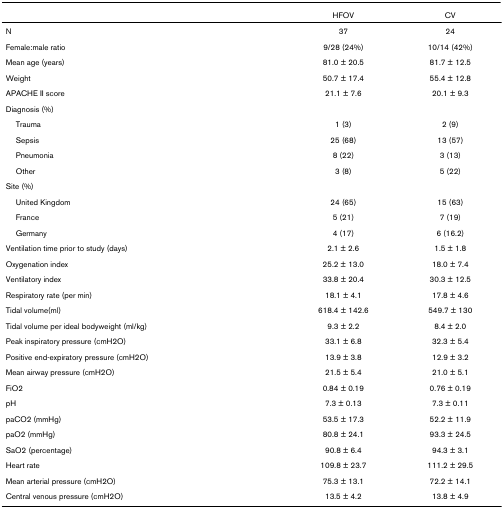
<table><thead><tr><td></td><td><b>HFOV</b></td><td><b>CV</b></td></tr></thead><tbody><tr><td>N</td><td>37</td><td>24</td></tr><tr><td>Female:male ratio</td><td>9/28 (24%)</td><td>10/14 (42%)</td></tr><tr><td>Mean age (years)</td><td>81.0 ± 20.5</td><td>81.7 ± 12.5</td></tr><tr><td>Weight</td><td>50.7 ± 17.4</td><td>55.4 ± 12.8</td></tr><tr><td>APACHE II score</td><td>21.1 ± 7.6</td><td>20.1 ± 9.3</td></tr><tr><td>Diagnosis (%)</td><td></td><td></td></tr><tr><td> Trauma</td><td>1 (3)</td><td>2 (9)</td></tr><tr><td> Sepsis</td><td>25 (68)</td><td>13 (57)</td></tr><tr><td> Pneumonia</td><td>8 (22)</td><td>3 (13)</td></tr><tr><td> Other</td><td>3 (8)</td><td>5 (22)</td></tr><tr><td>Site (%)</td><td></td><td></td></tr><tr><td> United Kingdom</td><td>24 (65)</td><td>15 (63)</td></tr><tr><td> France</td><td>5 (21)</td><td>7 (19)</td></tr><tr><td> Germany</td><td>4 (17)</td><td>6 (16.2)</td></tr><tr><td>Ventilation time prior to study (days)</td><td>2.1 ± 2.6</td><td>1.5 ± 1.8</td></tr><tr><td>Oxygenation index</td><td>25.2 ± 13.0</td><td>18.0 ± 7.4</td></tr><tr><td>Ventilatory index</td><td>33.8 ± 20.4</td><td>30.3 ± 12.5</td></tr><tr><td>Respiratory rate (per min)</td><td>18.1 ± 4.1</td><td>17.8 ± 4.6</td></tr><tr><td>Tidal volume(ml)</td><td>618.4 ± 142.6</td><td>549.7 ± 130</td></tr><tr><td>Tidal volume per ideal bodyweight (ml/kg)</td><td>9.3 ± 2.2</td><td>8.4 ± 2.0</td></tr><tr><td>Peak inspiratory pressure (cmH2O)</td><td>33.1 ± 6.8</td><td>32.3 ± 5.4</td></tr><tr><td>Positive end-expiratory pressure (cmH2O)</td><td>13.9 ± 3.8</td><td>12.9 ± 3.2</td></tr><tr><td>Mean airway pressure (cmH2O)</td><td>21.5 ± 5.4</td><td>21.0 ± 5.1</td></tr><tr><td>FiO2</td><td>0.84 ± 0.19</td><td>0.76 ± 0.19</td></tr><tr><td>pH</td><td>7.3 ± 0.13</td><td>7.3 ± 0.11</td></tr><tr><td>paCO2 (mmHg)</td><td>53.5 ± 17.3</td><td>52.2 ± 11.9</td></tr><tr><td>paO2 (mmHg)</td><td>80.8 ± 24.1</td><td>93.3 ± 24.5</td></tr><tr><td>SaO2 (percentage)</td><td>90.8 ± 6.4</td><td>94.3 ± 3.1</td></tr><tr><td>Heart rate</td><td>109.8 ± 23.7</td><td>111.2 ± 29.5</td></tr><tr><td>Mean arterial pressure (cmH2O)</td><td>75.3 ± 13.1</td><td>72.2 ± 14.1</td></tr><tr><td>Central venous pressure (cmH2O)</td><td>13.5 ± 4.2</td><td>13.8 ± 4.9</td></tr></tbody></table>